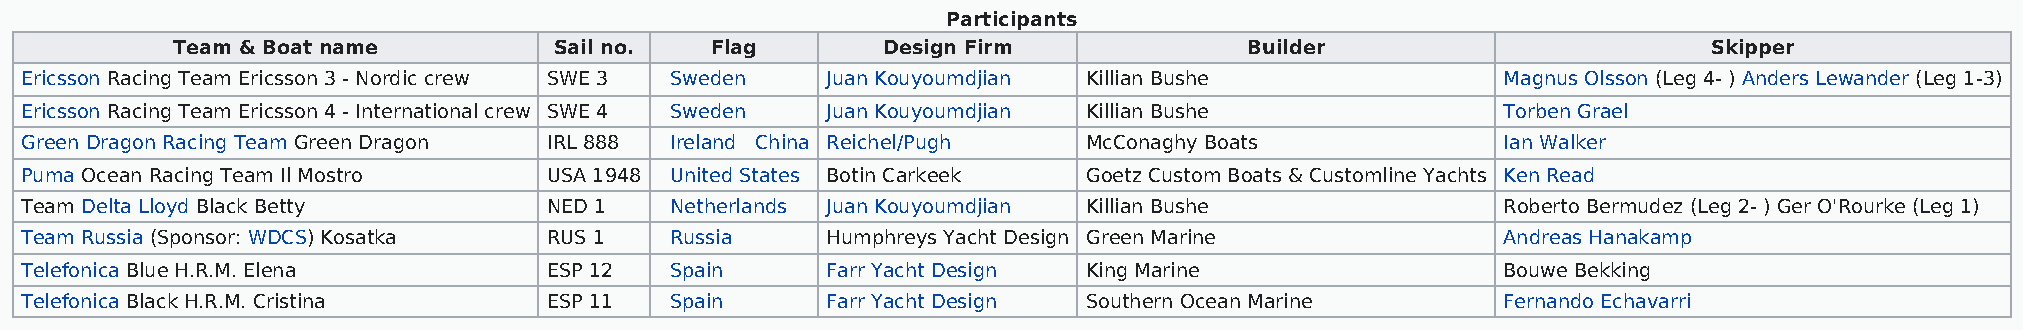
Participants
 Team & Boat name          Sail no.  Flag       Design Firm              Builder                       Skipper
 Ericsson Racing Team Ericsson 3 - Nordic crew SWE 3 Sweden Juan Kouyoumdjian Killian Bushe         Magnus Olsson (Leg 4- ) Anders Lewander (Leg 1-3)
 Ericsson Racing Team Ericsson 4 - International crew SWE 4 Sweden Juan Kouyoumdjian Killian Bushe  Torben Grael
 Green Dragon Racing Team Green Dragon IRL 888 Ireland China Reichel/Pugh McConaghy Boats           Ian Walker
 Puma Ocean Racing Team Il Mostro   USA 1948 United States Botin Carkeek Goetz Custom Boats & Customline Yachts Ken Read
 Team Delta Lloyd Black Betty       NED 1   Netherlands Juan Kouyoumdjian Killian Bushe             Roberto Bermudez (Leg 2- ) Ger O'Rourke (Leg 1)
 Team Russia (Sponsor: WDCS) Kosatka RUS 1  Russia     Humphreys Yacht Design Green Marine          Andreas Hanakamp
 Telefonica Blue H.R.M. Elena       ESP 12  Spain      Farr Yacht Design King Marine                Bouwe Bekking
 Telefonica Black H.R.M. Cristina   ESP 11  Spain      Farr Yacht Design Southern Ocean Marine      Fernando Echavarri